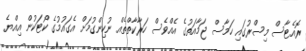
ރޮއެޓާސް މިސްރުގައި ހަމާސް ޖަމާއަތުގެ އެއްވެސް ހަރާކާތްތެއް ނުހިންގުމަށް އެގައުމުގެ ކޯޓަކުން އިއްޔެ